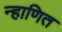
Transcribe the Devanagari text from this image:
न्हाणित